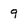
Character: 9